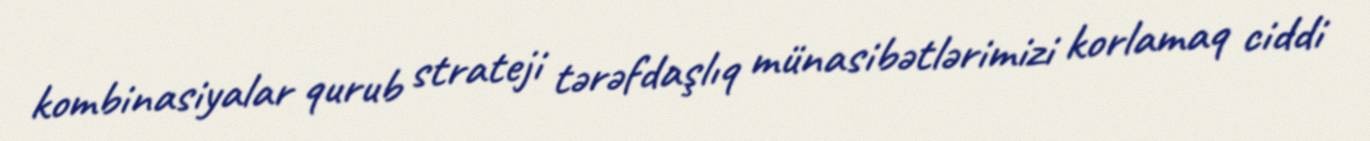
kombinasiyalar qurub strateji tərəfdaşlıq münasibətlərimizi korlamaq ciddi